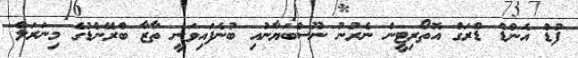
ފުޑް އެންޑް ޑްރަގް އޮތޯރިޓީން ނެރުނު ނޫސްބަޔާނުއި ބުނެފައިވަނީ ތާޒާ ބްރޭންޑުގެ މިނަރަލް